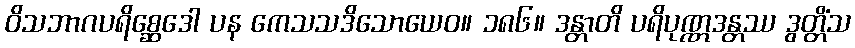
ဝိသဘာဂပရိစ္ဆေဒေါ ပန ကေသသဒိသောယေဝ။ ၁၈၆။ ဒန္တာတိ ပရိပုဏ္ဏဒန္တဿ ဒွတ္တိံသ